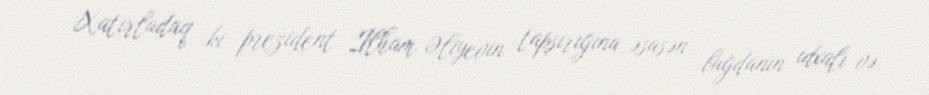
Xatırladaq ki, prezident İlham Əliyevin tapşırığına əsasən, buğdanın idxalı və